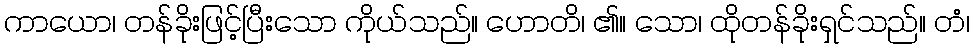
ကာယော၊ တန်ခိုးဖြင့်ပြီးသော ကိုယ်သည်။ ဟောတိ၊ ၏။ သော၊ ထိုတန်ခိုးရှင်သည်။ တံ၊